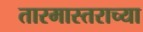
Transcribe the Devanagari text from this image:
तारमास्तराच्या